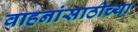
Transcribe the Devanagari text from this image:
वाहनांसाठीच्या